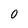
Character: 0